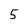
Character: 5